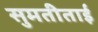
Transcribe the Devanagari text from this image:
सुमतीताई